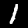
Label: 1